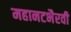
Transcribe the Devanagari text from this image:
महानटभैरवी